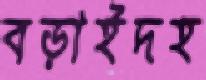
বড়াইদহ